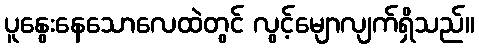
ပူနွေးနေသောလေထဲတွင် လွင့်မျောလျက်ရှိသည်။